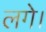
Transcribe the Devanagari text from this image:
लगेे।